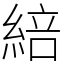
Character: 䋨